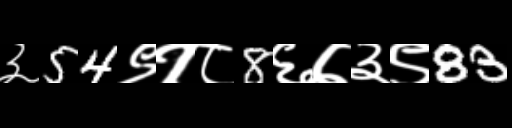
Text: ३54९१८8६७३९83